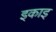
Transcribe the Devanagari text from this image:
इकाइ